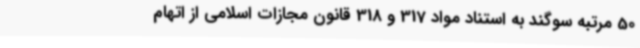
50 مرتبه سوگند به استناد مواد 317 و 318 قانون مجازات اسلامی از اتهام